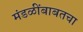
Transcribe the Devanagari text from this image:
मंडळींबाबतचा